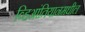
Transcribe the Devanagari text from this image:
व्हिआंतियानमधील